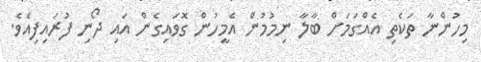
މިހުންނާ ތަކެތި އެއްގަމަށް ބާލާ ނިމުމުން އެމީހުން ގޮވައިގެން އައި ދޯނި ފުރައިފިއެވެ.